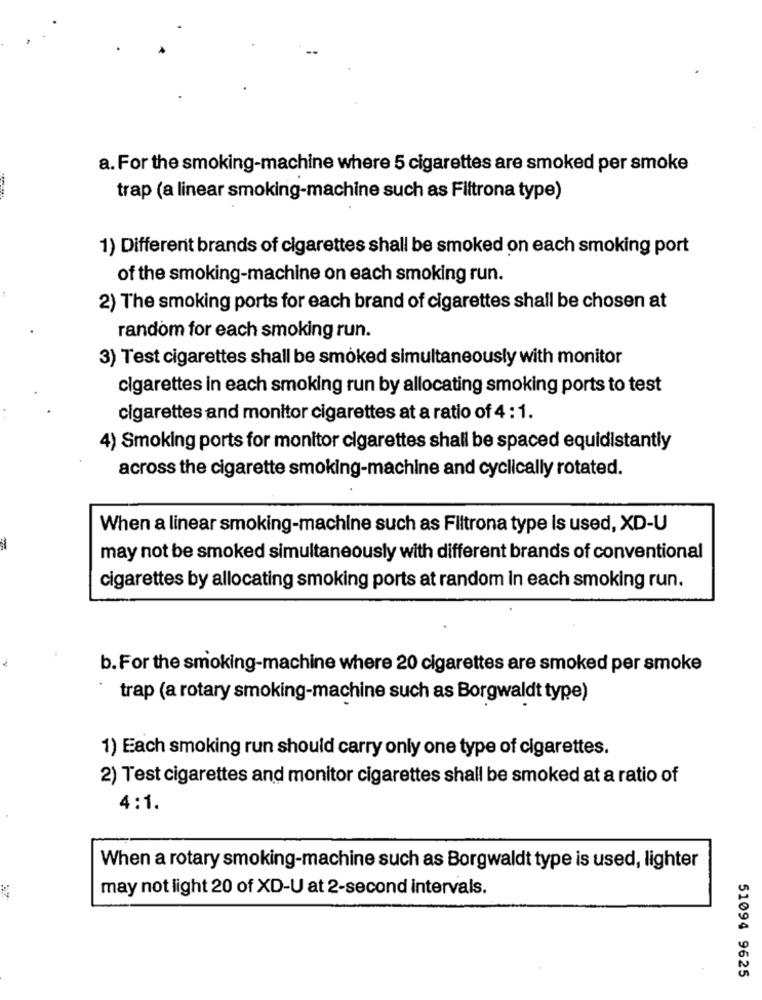
a. For the smoking-machine where 5 cigarettes are smoked per smoke
trap (a linear smoking-machine such as Filtrona type)
1) Different brands of cigarettes shall be smoked on each smoking port
of the smoking-machine on each smoking run.
2) The smoking ports for each brand of cigarettes shall be chosen at
random for each smoking run.
3) Test cigarettes shall be smoked simultaneously with monitor
cigarettes in each smoking run by allocating smoking ports to test
cigarettes and monitor cigarettes at a ratio of 4 : 1.
4) Smoking ports for monitor cigarettes shall be spaced equidistantly
across the cigarette smoking-machine and cyclically rotated.
When a linear smoking-machine such as Filtrona type is used, XD-U
may not be smoked simultaneously with different brands of conventional
cigarettes by allocating smoking ports at random in each smoking run.
b. For the smoking-machine where 20 cigarettes are smoked per smoke
trap (a rotary smoking-machine such as Borgwaldt type)
1) Each smoking run should carry only one type of cigarettes.
2) Test cigarettes and monitor cigarettes shall be smoked at a ratio of
4:1.
When a rotary smoking-machine such as Borgwaldt type is used, lighter
may not light 20 of XD-U at 2-second intervals.
51094 9625